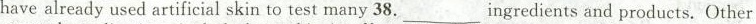
have already used artificial skin to test many 38. ___ ingredients and products. Other